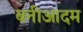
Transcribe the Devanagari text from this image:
बनीआदम